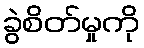
ခွဲစိတ်မှုကို